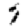
Digit: 7